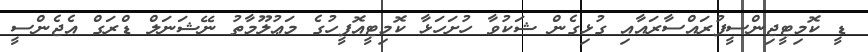
ޑީ ކޮމިޓީޖިންސީފުރައްސާރައާއި ގުޅިގެން ޝަކުވާ ހުށަހަޅާ ކޮމިޓީއޮފީހުގެ މަޢުލޫމާތު ނޭޝަނަލް ޑްރަގް އެޖެންސީ